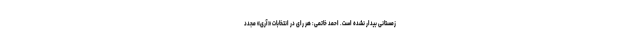
زمستانی بیدار نشده است. احمد خاتمی: هر رای در انتخابات «آری» مجدد